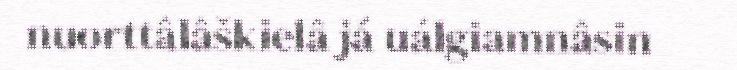
nuorttâlâškielâ já uálgiamnâsin